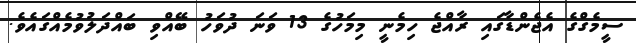
ސީމެގްގެ އެޖެންޑާގައި ރާއްޖެ ހިމެނީ މިމަހުގެ 13 ވަނަ ދުވަހު ބޭއްވި ބައްދަލުވުމެއްގައެވެ.